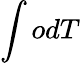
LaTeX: \int odT